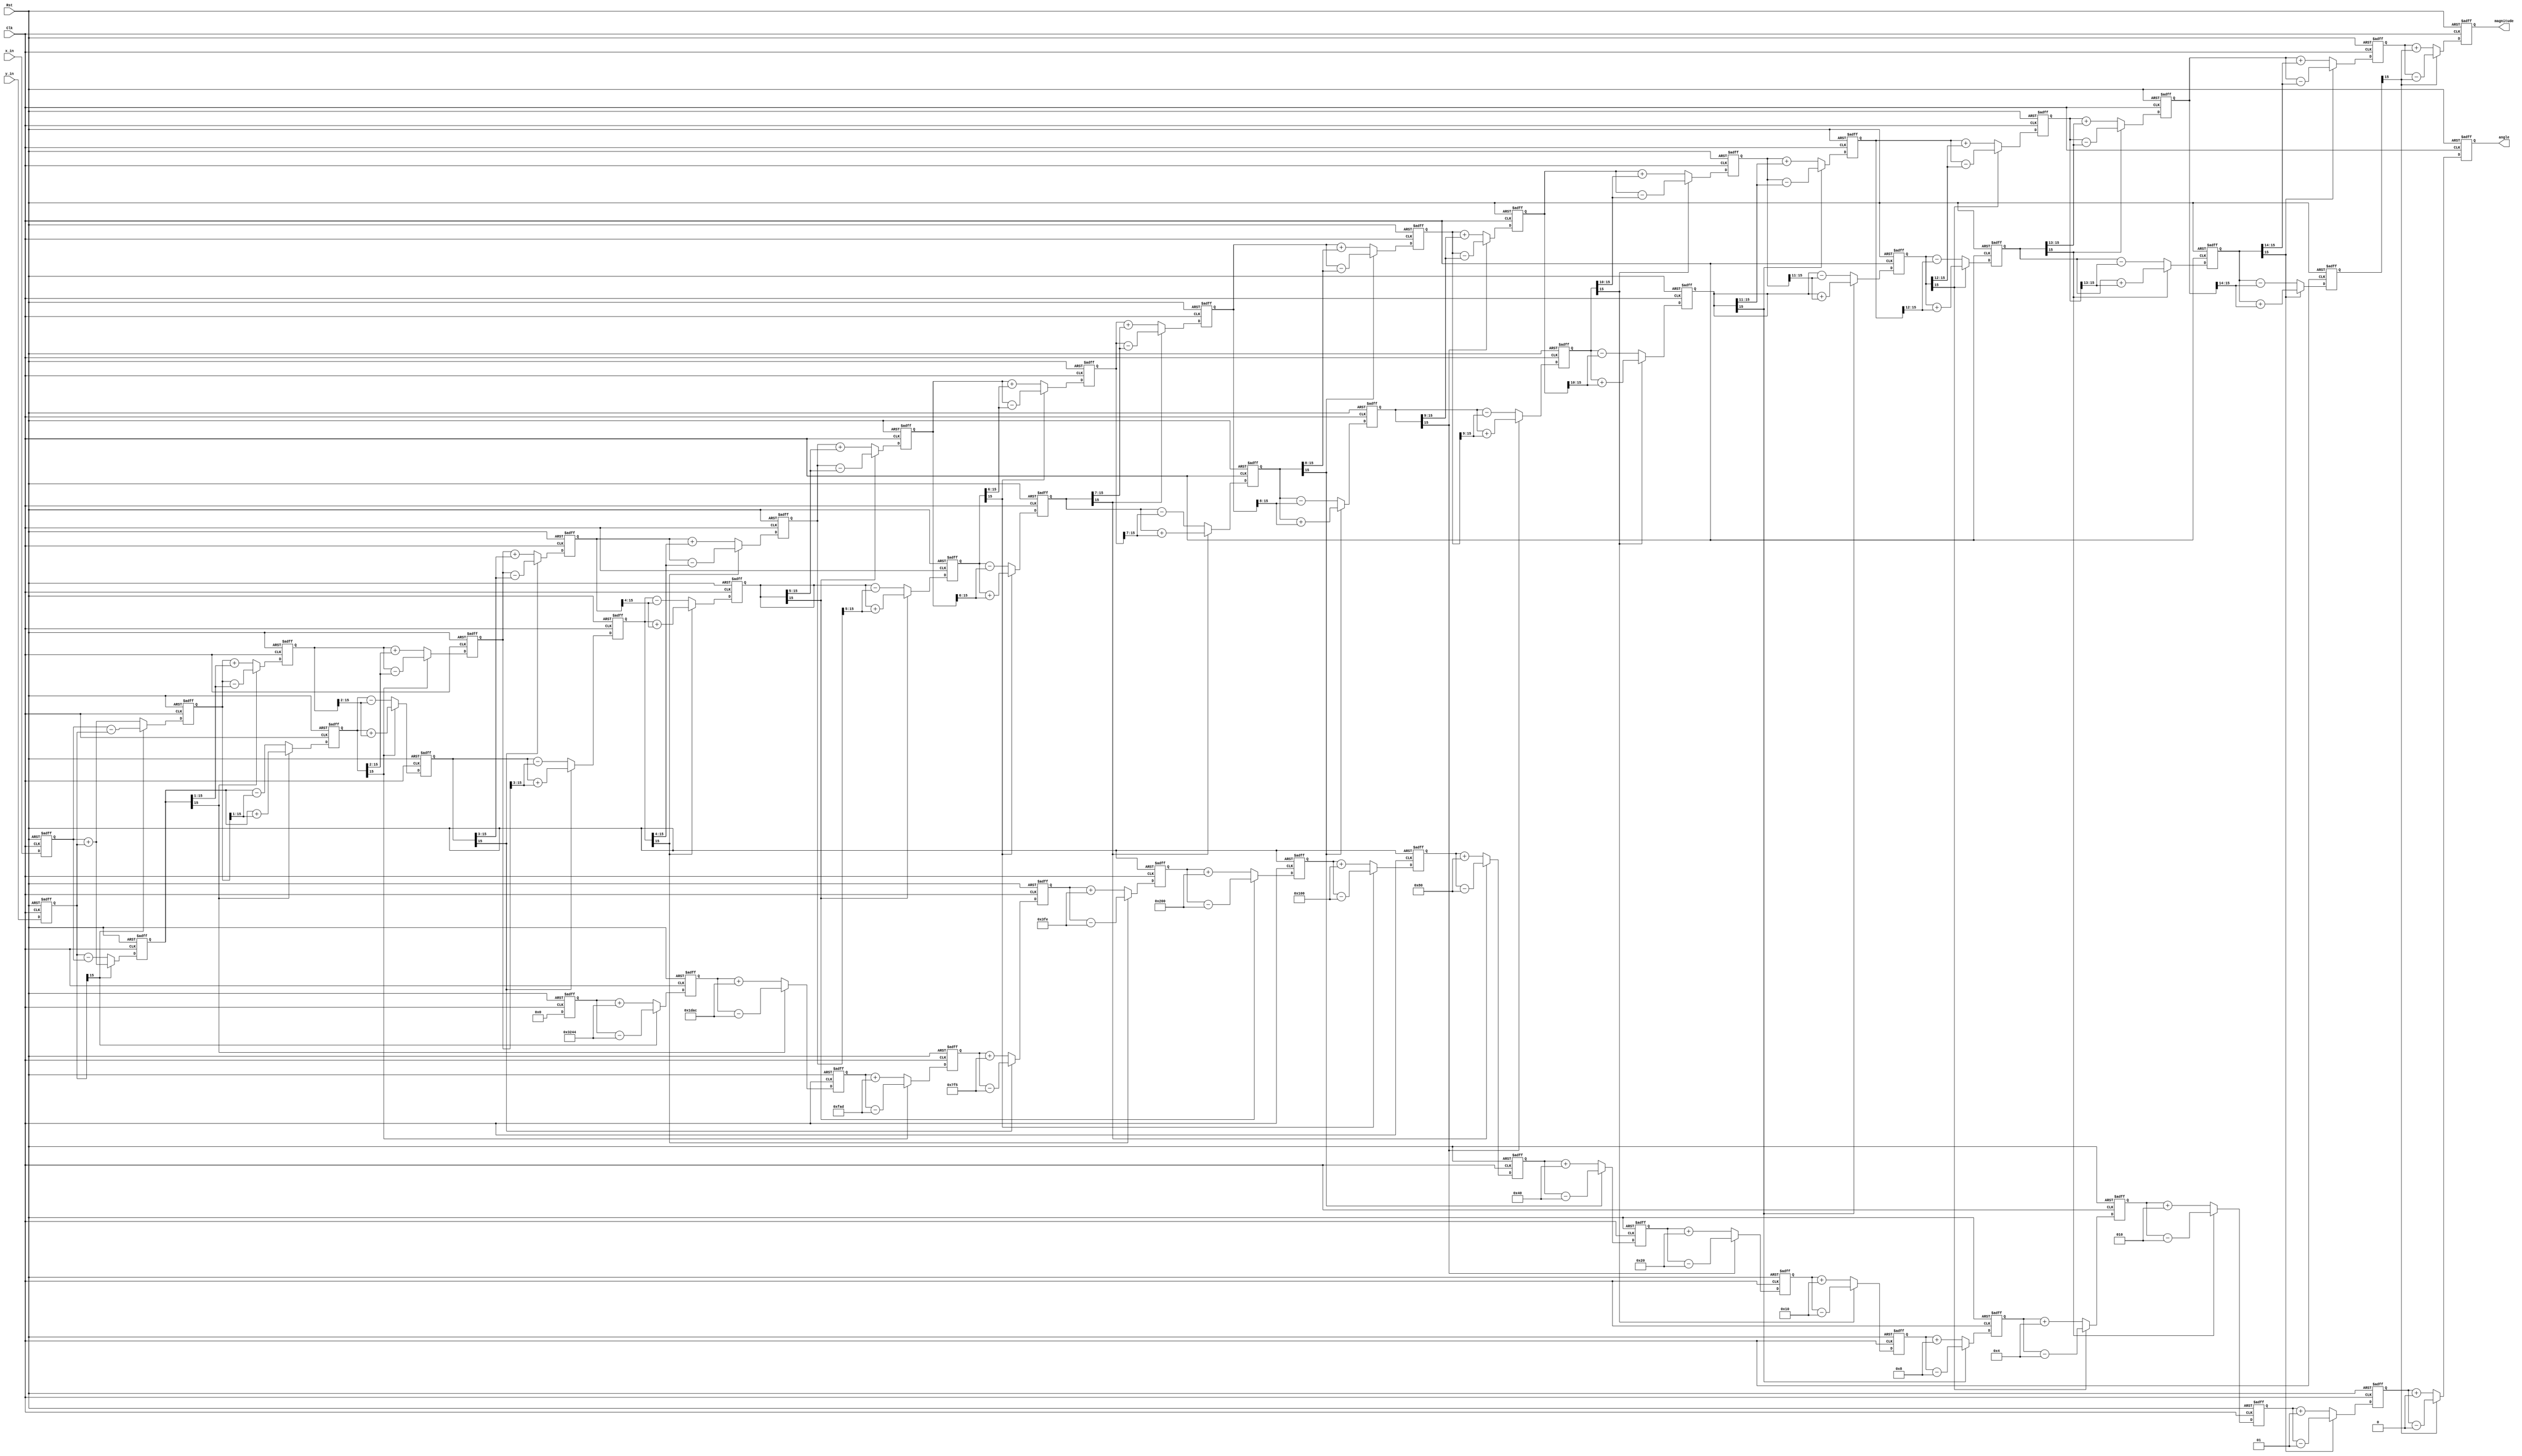
module pipelined_cordic(
    input Clk, Rst,
    input signed[15:0] x_in, y_in, 
    output reg signed[15:0] magnitude,
    output reg signed[15:0] angle
);

reg signed [15:0] x[0:15], y[0:15], theta[0:15], x_out[0:15], y_out[0:15], theta_out[0:15];
wire signed [15:0] atan_out [0:15];
reg [3:0] stage; // Counter to track pipeline stages

assign atan_out[0] = 16'b0011001001000100;
assign atan_out[1] = 16'b0001110110101100;
assign atan_out[2] = 16'b0000111110101101;
assign atan_out[3] = 16'b0000011111110101;
assign atan_out[4] = 16'b0000001111111110;
assign atan_out[5] = 16'b0000001000000000;
assign atan_out[6] = 16'b0000000100000000;
assign atan_out[7] = 16'b0000000010000000;
assign atan_out[8] = 16'b0000000001000000;
assign atan_out[9] = 16'b0000000000100000;
assign atan_out[10] = 16'b0000000000010000;
assign atan_out[11] = 16'b0000000000001000;
assign atan_out[12] = 16'b0000000000000100;
assign atan_out[13] = 16'b0000000000000010;
assign atan_out[14] = 16'b0000000000000001;
assign atan_out[15] = 16'b0000000000000000;

// Generate block for pipeline stages
genvar i;
generate
    for (i = 0; i < 16; i = i + 1) begin : stages
        always @(posedge Clk or posedge Rst) begin
            if (Rst)
                begin
                    x[i] <= 0;
                    y[i] <= 0;
                    theta[i] <= 0;
                end
            else 
                begin
                    if (i == 0) begin
                        x[i] <= x_in;
                        y[i] <= y_in;
                        theta[i] <= 16'd0;
                    end else begin
                        x[i] <= x_out[i-1];
                        y[i] <= y_out[i-1];
                        theta[i] <= theta_out[i-1];
                    end
                end
        end

        always @(*) begin
            if (y[i][15] == 0) begin
                x_out[i] = x[i] + (y[i] >>> (i));
                y_out[i] = y[i] - (x[i] >>> (i));
                theta_out[i] = theta[i] + atan_out[i];
            end else begin
                x_out[i] = x[i] - (y[i] >>> (i));
                y_out[i] = y[i] + (x[i] >>> (i));
                theta_out[i] = theta[i] - atan_out[i];
            end
        end
    end
endgenerate

always @(posedge Clk or posedge Rst) begin
    if (Rst) begin
        angle <= 0; 
        magnitude <= 0; 
    end else begin
        angle <= theta_out[15]; // Output from the last stage
        magnitude <= x_out[15]; // Output from the last stage
    end
end

endmodule